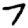
Digit: 7